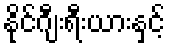
နိုင်ဂျီးရီးယားနှင့်